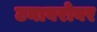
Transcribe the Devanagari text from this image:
टनाबरोबर